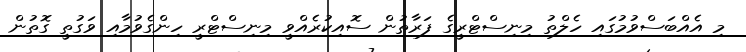
މި އެއްބަސްވުމުގައި ހެލްތު މިނިސްޓްރީގެ ފަރާތުން ސޮއިކުރެއްވީ މިނިސްޓްރީ ހިންގެވުމާއި ވަގުތީ ގޮތުން